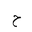
Letter: _ha